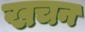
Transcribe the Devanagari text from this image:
खचन